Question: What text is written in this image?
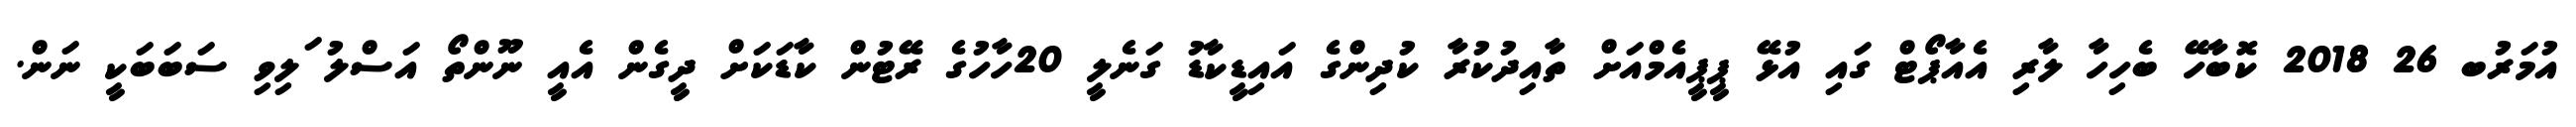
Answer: އުމަރުބ 26 2018 ކޮބާހޭ ބެހިހާ ލާރި އެއާޕޯޓް ގައި އުޅޭ ޕީޕީއެމްއަށް ތާއިދުކުރާ ކުދިންގެ އައިޑީކާޑު ގަނެލީ 20ހާހުގެ ރޭޓުން ކާޑަކަށް ދީގެން އެއީ ނޫންތޯ އަސްލު ަލިވި ސަބަބަކީ ނަން.